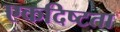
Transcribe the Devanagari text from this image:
एकदिष्‍टता